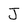
Character: J